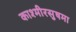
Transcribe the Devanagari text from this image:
काश्मीरसुषमा